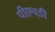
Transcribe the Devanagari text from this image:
पीएच्‌डी